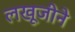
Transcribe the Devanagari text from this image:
लखूजीने